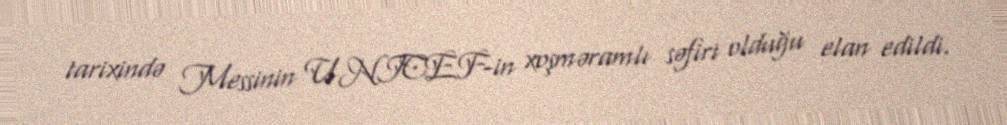
tarixində Messinin UNICEF-in xoşməramlı səfiri olduğu elan edildi.